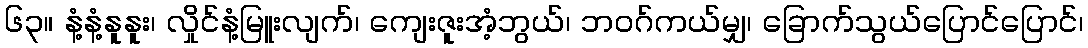
၆၃။ နံ့နံ့နူနူး၊ လှိုင်နံ့မြူးလျက်၊ ကျေးဇူးအံ့ဘွယ်၊ ဘဝဂ်ကယ်မျှ၊ ခြောက်သွယ်ပြောင်ပြောင်၊